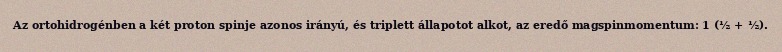
Az ortohidrogénben a két proton spinje azonos irányú, és triplett állapotot alkot, az eredő magspinmomentum: 1 (½ + ½).